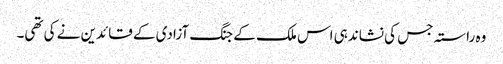
وہ راستہ جس کی نشاندہی اس ملک کے جنگ آزادی کے قائدین نے کی تھی۔